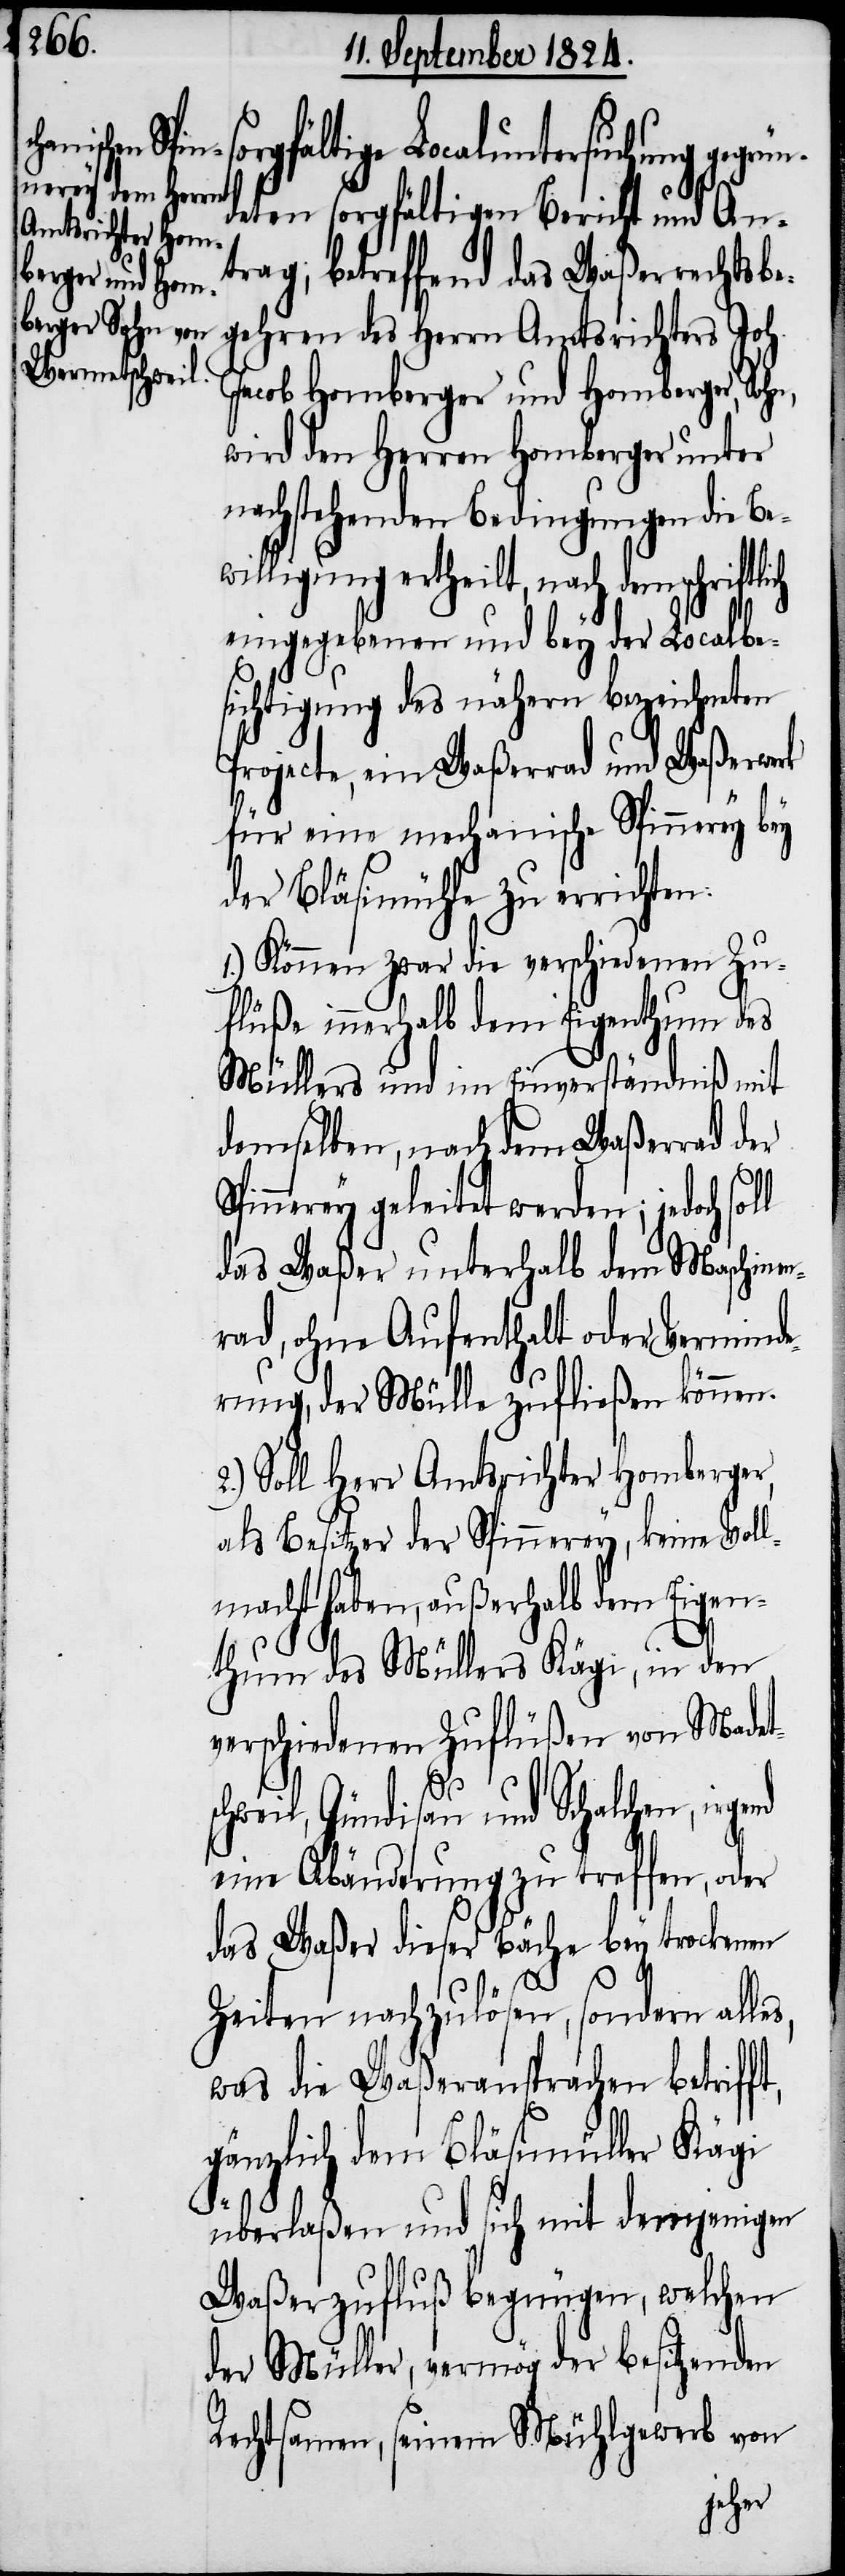
rgfältige Localuntersuchung gegrü¬
eten sorgfältigen Bericht und An¬
trag; betreffend das Waßerrechtsbe¬
gehren des Herrn Amtsrichters Joh.
Jacob Homberger und Homberger,
wird den Herren Homberger unter
nachstehenden Bedingungen die Be¬
willigung ertheilt, nach den schriftli¬
eingegebenen und bey der Localbe¬
sichtigung des nähern bezeichneten
Projecte, ein Waßerrad und Waßerwerk
für eine mechanische Spinnerey bey
der Bläsimühle zu errichten.
1.) Können zwar die verschiedenen Zu¬
flüße innerhalb dem Eigenthum des
Müllers und im Einverständniß mit
demselben, nach dem Waßerrad der
Spinnerey geleitet werden; jedoch sol¬
das Waßer unterhalb dem Maschinen¬
rad, ohne Aufenthalt oder Verminde¬
rung, der Mülle zufließen können.
2.) Soll Herr Amtsrichter Homberger,
als Besitzer der Spinnerey, keine Voll¬
macht haben, außerhalb dem Eigen¬
thum des Müllers Kägi, in den
verschiedenen Zuflüßen von Madet¬
schweil, Gündisau und Schalchen, irge¬
eine Abänderung zu treffen, oder
das Waßer dieser Bäche bey trockenen
nd
Zeiten nachzulösen, sondern alles,
was die Waßeransprachen betrifft,
gänzlich dem Bläsimüller Kägi
überlaßen und sich mit demjenigen
Waßerzufluß begnügen, welchen
der Müller, vermög der besitzenden
Rechtsamen, seinen Mühlgewerb von